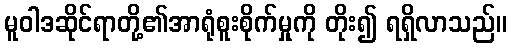
မူဝါဒဆိုင်ရာတို့၏အာရုံစူးစိုက်မှုကို တိုး၍ ရရှိလာသည်။